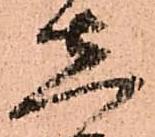
志